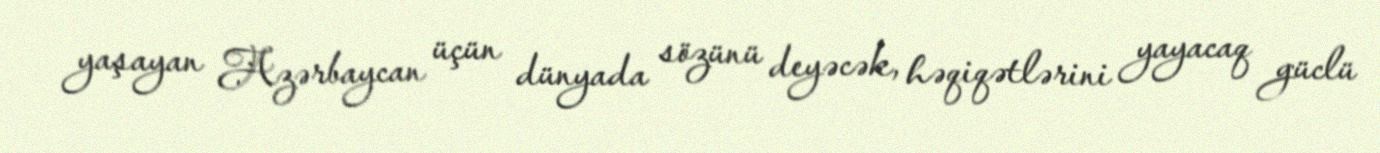
yaşayan Azərbaycan üçün dünyada sözünü deyəcək, həqiqətlərini yayacaq güclü